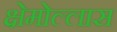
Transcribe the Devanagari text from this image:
क्षेमोल्लास